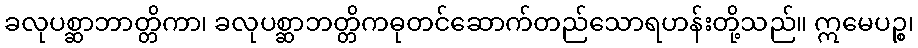
ခလုပစ္ဆာဘာတ္တိကာ၊ ခလုပစ္ဆာဘတ္တိကဓုတင်ဆောက်တည်သောရဟန်းတို့သည်။ ဣမေပဉ္စ၊